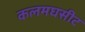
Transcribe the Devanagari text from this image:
कलमघसीट